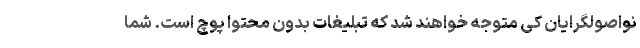
نواصولگرایان کی متوجه خواهند شد که تبلیغات بدون محتوا پوچ است. شما